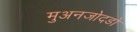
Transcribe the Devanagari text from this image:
मुअनजोदडो